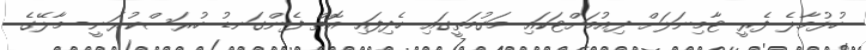
ހުޅުމާލެ ފެރީ ޓާމިނަލަށް ދިއުމަށްޓަކައި މަގުމަތީގައި ހެދިފައި އޮތް ފެންގަނޑު ހުރަސްކުރަނީ- މާލޭގެ